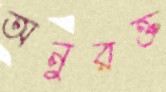
অনুরক্ত